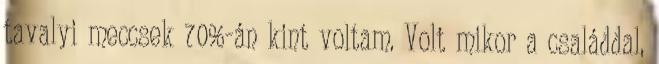
tavalyi meccsek 70%-án kint voltam. Volt mikor a családdal,